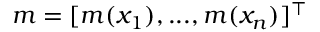
m = [ m ( x _ { 1 } ) , . . . , m ( x _ { n } ) ] ^ { \intercal }